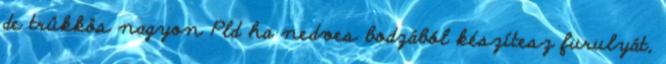
de trükkös nagyon Pld ha nedves bodzából készítesz furulyát,